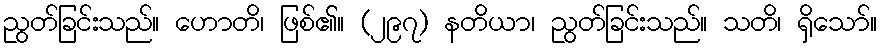
ညွတ်ခြင်းသည်။ ဟောတိ၊ ဖြစ်၏။ (၂၉၇) နတိယာ၊ ညွတ်ခြင်းသည်။ သတိ၊ ရှိသော်။